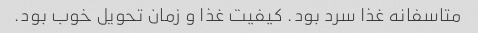
متاسفانه غذا سرد بود. کیفیت غذا و زمان تحویل خوب بود.